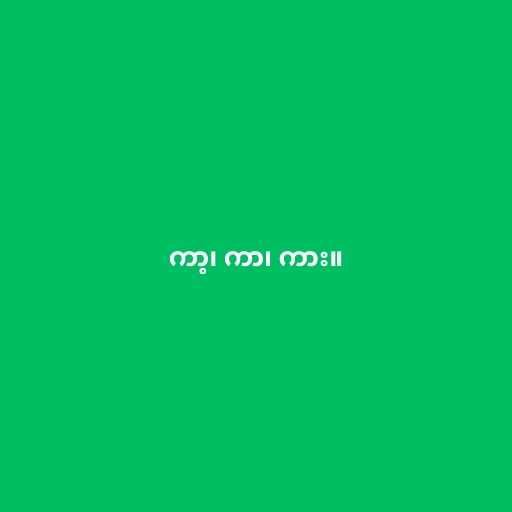
ကာ့၊ ကာ၊ ကား။